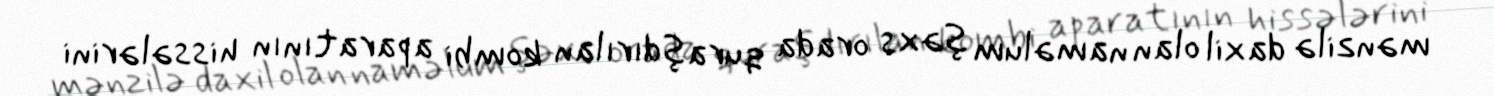
mənzilə daxil olan naməlum şəxs orada quraşdırılan kombi aparatının hissələrini